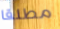
مطلقا